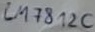
Text: LM7812C